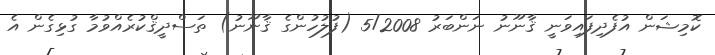
ކޮމިޝަން އުފެދިފައިވަނީ ޤާނޫނު ނަންބަރު 5/2008 (ފުލުހުންގެ ޤާނޫނު) ތަސްދީޤްކުރެއްވުމާ ގުޅިގެން އެ